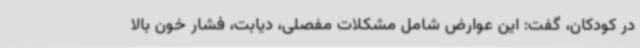
در کودکان، گفت: این عوارض شامل مشکلات مفصلی، دیابت، فشار خون بالا